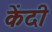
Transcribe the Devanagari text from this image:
केंदी